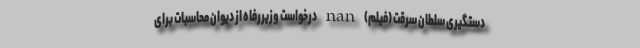
دستگیری سلطان سرقت (فیلم) nan درخواست وزیررفاه از دیوان محاسبات برای